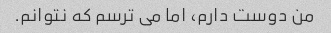
من دوست دارم، اما می ترسم که نتوانم.